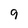
Character: 9